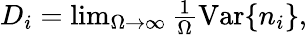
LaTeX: \begin{array}{r}{D_{i}=\operatorname*{lim}_{\Omega\to\infty}\frac{1}{\Omega}\mathrm{Var}\{ n_{i}\} ,}\end{array}